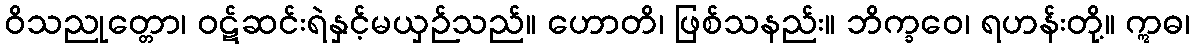
ဝိသညုတ္တော၊ ဝဋ်ဆင်းရဲနှင့်မယှဉ်သည်။ ဟောတိ၊ ဖြစ်သနည်း။ ဘိက္ခဝေ၊ ရဟန်းတို့။ ဣဓ၊